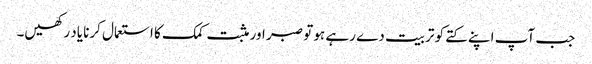
جب آپ اپنے کتے کو تربیت دے رہے ہو تو صبر اور مثبت کمک کا استعمال کرنا یاد رکھیں۔